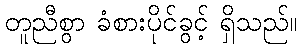
တူညီစွာ ခံစားပိုင်ခွင့် ရှိသည်။